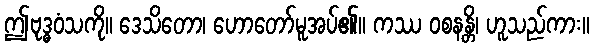
ဤဗုဒ္ဓဝံသကို။ ဒေသိတော၊ ဟောတော်မူအပ်၏။ ကဿ ဝစနန္တိ၊ ဟူသည်ကား။